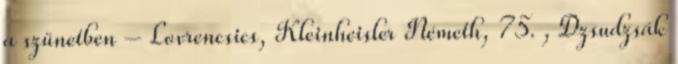
a szünetben – Lovrencsics, Kleinheisler Németh, 75. , Dzsudzsák